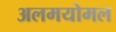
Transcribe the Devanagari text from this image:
अलमयोमल